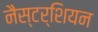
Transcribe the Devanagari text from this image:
नैस्टर्शियन